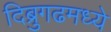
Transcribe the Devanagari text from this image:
दिब्रुगढमध्ये